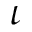
\iota